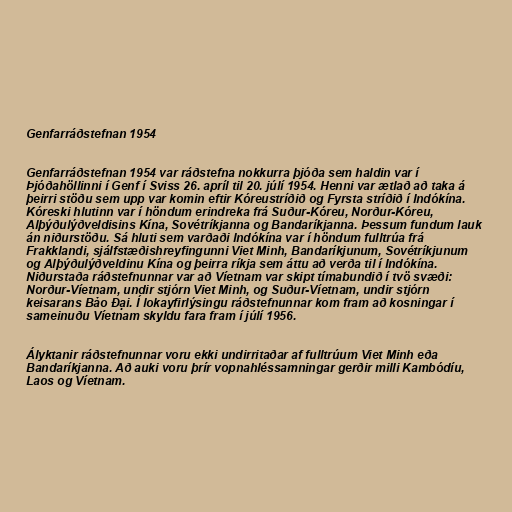
Genfarráðstefnan 1954

Genfarráðstefnan 1954 var ráðstefna nokkurra þjóða sem haldin var í
Þjóðahöllinni í Genf í Sviss 26. apríl til 20. júlí 1954. Henni var ætlað að taka á
þeirri stöðu sem upp var komin eftir Kóreustríðið og Fyrsta stríðið í Indókína.
Kóreski hlutinn var í höndum erindreka frá Suður-Kóreu, Norður-Kóreu,
Alþýðulýðveldisins Kína, Sovétríkjanna og Bandaríkjanna. Þessum fundum lauk
án niðurstöðu. Sá hluti sem varðaði Indókína var í höndum fulltrúa frá
Frakklandi, sjálfstæðishreyfingunni Viet Minh, Bandaríkjunum, Sovétríkjunum
og Alþýðulýðveldinu Kína og þeirra ríkja sem áttu að verða til í Indókína.
Niðurstaða ráðstefnunnar var að Víetnam var skipt tímabundið í tvö svæði:
Norður-Víetnam, undir stjórn Viet Minh, og Suður-Víetnam, undir stjórn
keisarans Bảo Đại. Í lokayfirlýsingu ráðstefnunnar kom fram að kosningar í
sameinuðu Víetnam skyldu fara fram í júlí 1956.

Ályktanir ráðstefnunnar voru ekki undirritaðar af fulltrúum Viet Minh eða
Bandaríkjanna. Að auki voru þrír vopnahléssamningar gerðir milli Kambódíu,
Laos og Víetnam.